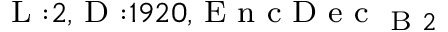
_ { \textrm { L } : 2 , \textrm { D } : 1 9 2 0 , \textrm { E n c D e c } _ { \textrm { B } 2 } }